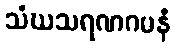
သံဃသရဏဂမနံ